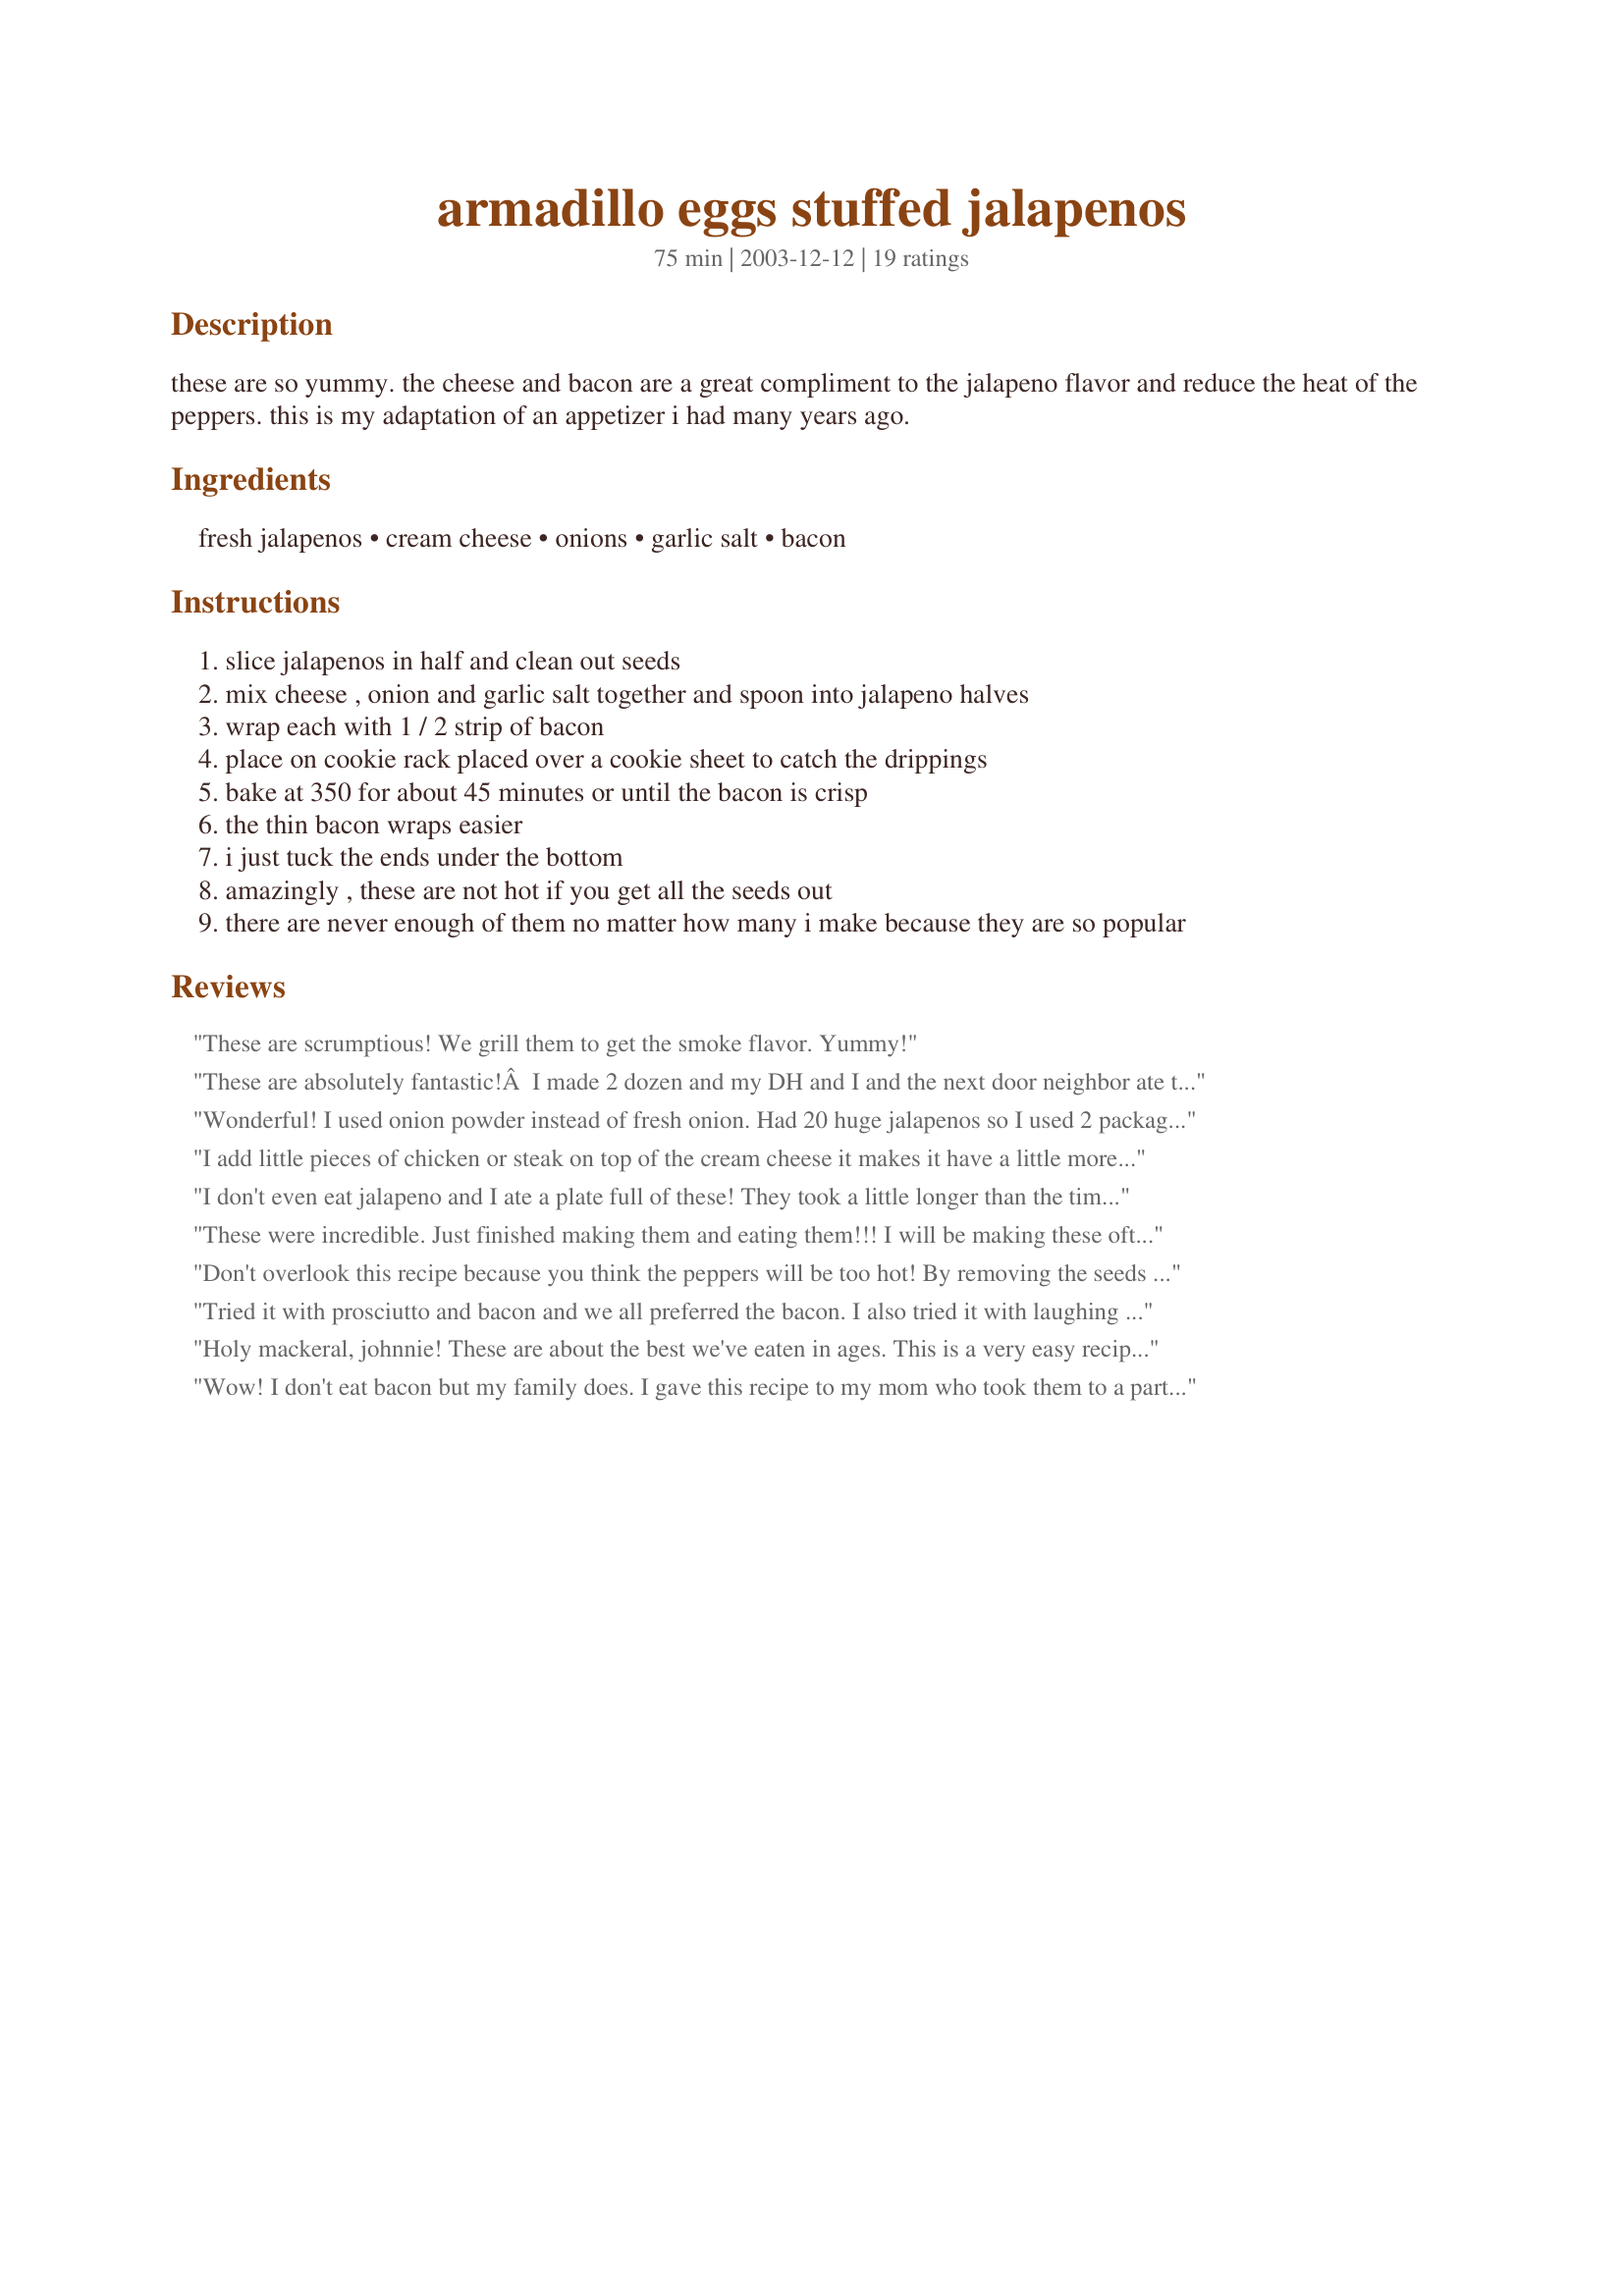
armadillo eggs stuffed jalapenos
Preparation time: 75 minutes

these are so yummy. the cheese and bacon are a great compliment to the jalapeno flavor and reduce the heat of the peppers. this is my adaptation of an appetizer i had many years ago.

Ingredients:
fresh jalapenos, cream cheese, onions, garlic salt, bacon

Steps:
slice jalapenos in half and clean out seeds
mix cheese , onion and garlic salt together and spoon into jalapeno halves
wrap each with 1 / 2 strip of bacon
place on cookie rack placed over a cookie sheet to catch the drippings
bake at 350 for about 45 minutes or until the bacon is crisp
the thin bacon wraps easier
i just tuck the ends under the bottom
amazingly , these are not hot if you get all the seeds out
there are never enough of them no matter how many i make because they are so popular

Reviews:
These are scrumptious! We grill them to get the smoke flavor. Yummy!
These are absolutely fantastic!Â  I made 2 dozen and my DH and I and the next door neighbor ate them all in less than 1/2 hour!Â  I will never pass by the fresh jalapenos at the store again!Â  I pre-cooked the bacon, added a bit more onion and garlic, but otherwise followed directions.Â  Easy and extremely tasty.Â  Thanks for sharing this terrific recipe. Â (Update 10/30/08 I have lately been adding shredded cheddar, minced jalapeno and chopped cilantro to the cream cheese mixture. I then refrigerate the mixture for a day before stuffing the jalapenos, just to let the flavors blend. Even better! Thanks again!)
Wonderful! I used onion powder instead of fresh onion. Had 20 huge jalapenos so I used 2 packages of cream cheese. I softened the cream cheese first and then added the garlic salt and onion powder and used a hand mixer to blend it well. I put it in a ziploc bag and piped the cream cheese in the peppers. Even though they were big peppers a half a slice of bacon worked just fine with a toothpick. We didn't flip them at all in the oven and they turned out fine.
I add little pieces of chicken or steak on top of the cream cheese it makes it have a little more flavor.
I don't even eat jalapeno and I ate a plate full of these! They took a little longer than the time listed for the bacon to crisp up, but only a few minutes. I cooked them on a broiler pan and didn't need to turn them over for them to cook all the way. Added some shredded cheese to bulk this up and because I was worried it would be runny. Delish! Thanks for sharing.
These were incredible. Just finished making them and eating them!!! I will be making these often. THANK YOU, THANK YOU, THANK YOU, for sharing.
Don't overlook this recipe because you think the peppers will be too hot! By removing the seeds and membrane, it takes the sting out of them and leaves you with a delicious pepper. I did cheat on one thing though -- I was making stuffed mushrooms using "hot" Jimmy Dean sausage and cream cheese so I just used the same stuffing and wrapped the jalapeno with bacon. They turned out fantastic and I'm sure they would have been just as good with just the cream cheese mixture alone. Hope you don't mind. Made this recipe for the Tailgating Tag, September, 2011.
Tried it with prosciutto and bacon and we all preferred the bacon. I also tried it with laughing cow french onion cheese, but i couldn't really tell a difference between it and the cream cheese. Huge hit at graduation party! Will do again and again. Thanks!!
Holy mackeral, johnnie! These are about the best we've eaten in ages. This is a very easy recipe to prepare, and will be made often. Oh, and don't forget to wear gloves while working with the peppers! Adopted for Spring 2008 PAC.
Wow! I don't eat bacon but my family does. I gave this recipe to my mom who took them to a party. They were the big, big hit. She took the very next weekend to annother function and got rave reviews. Sounds like a keeper!
We use to make plain old jalapenos stuffed with cream cheese and cheddar cheese until we tried this recipe. This is the best appetizer ever! The bacon and garlic really make the recipe. They are great cooked in the oven or on the grill. Everybody absolutely loves them and can't get enough of them! They take a little time to make, but are well worth it. Make sure that you make plenty because they go fast.
These are very addictive! They are awesome. Followed the recipe exactly and wouldn't try them any other way. Thanks for posting.
Fantastic! I used 1 clove of fresh garlic instead of garlic salt and my DH decided to only use half a slice of bacon for each pepper (mistake, in my opinion) and they were delicious!!! I didn't rinse the inside of the peppers to get rid of stray seeds, so some of the peppers had some definite bite to them. The ones with no stray seeds were actually sweet and the bacon flavor really came through. I will definitely be making these again, I didn't know stuffed peppers could be so easy and delicious.
We loved this version of stuffed Jalapenos! It's very similiar to the recipe I normally use but just takes it up a notch and clean up is so much easier! I especially liked the baking for 45 minutes over putting under the broiler. The flavours of the peppers were unfused into the cream cheese and the bacon was done perfectly. I had to keep in a further 8 to 10 minutes because my oven tends to be slow. I stuck a piece of parchment paper on the cookie sheet under the baking rack and clean up was a breeze! Thank you for sharing this!
I used a container of cream cheese with onions and place it in a plastic baggie, snipped off the end and used this to stuff the peppers. The bacon I cut in half, wrapped around each pepper and placed it on a rack over a sheet pan. We baked them for probably 45 minutes until the bacon was extra crunchy. Divine!!
Anything with bacon on it or in it is always good, but this is awesome!!! My husband likes them a little warm, so I make sure to leave some of the seeds in a few on one side of the pan. Even the kiddos like these!
5 star all the way. I cut the recipe back to 3 Jalapenos (6 pieces). Instead of wrapping the pepper in bacon I just cut 3 little strips for each, used light cheese and doubled the onions. Pre 3/4 cooked the bacon to get out as much fat as possible and only baked them for 20 minutes - The Jalapenos still had some crunch Super appitizer with a Martini.
We love these! We did 1/2 tsp garlic powder and we added 1/2 cup of shredded cheddar cheese. For the onion I used green onions. We started them to late and didn't have 45min so we baked them 10min at 350 and broiled them on both sides for till crispy. Flipping them over wasn't the prettiest but tasted fine. Next time I will bake longer maybe 20-30 and then broil just the tops to speed them up. I heard one suggestion to put them on a cookie cooling rack on a baking sheet and that would help them cook faster and the pan under would catch the grease. I plan to try that next time!
We love these ! I make them about the same- instead of adding seasonings to the cheese I sprinkle the top of the bacon w/ steak seasoning ! I am going to just mix my steak season in w/ the cheese next time ! YUMMO- these are sooooo good !!!
